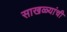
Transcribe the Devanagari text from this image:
साखळ्यांची